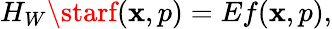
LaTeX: H_{W}\starf(\mathbf{x},p)=Ef(\mathbf{x},p),